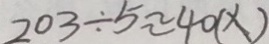
2 0 3 \div 5 \approx 4 0 ( X )